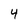
Character: 4